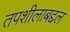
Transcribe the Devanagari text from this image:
तपशीलाबद्दल